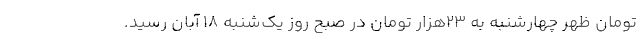
تومان ظهر چهارشنبه به 23هزار تومان در صبح روز یک‌شنبه 18 آبان رسید.